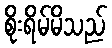
စိုးရိမ်မိသည်